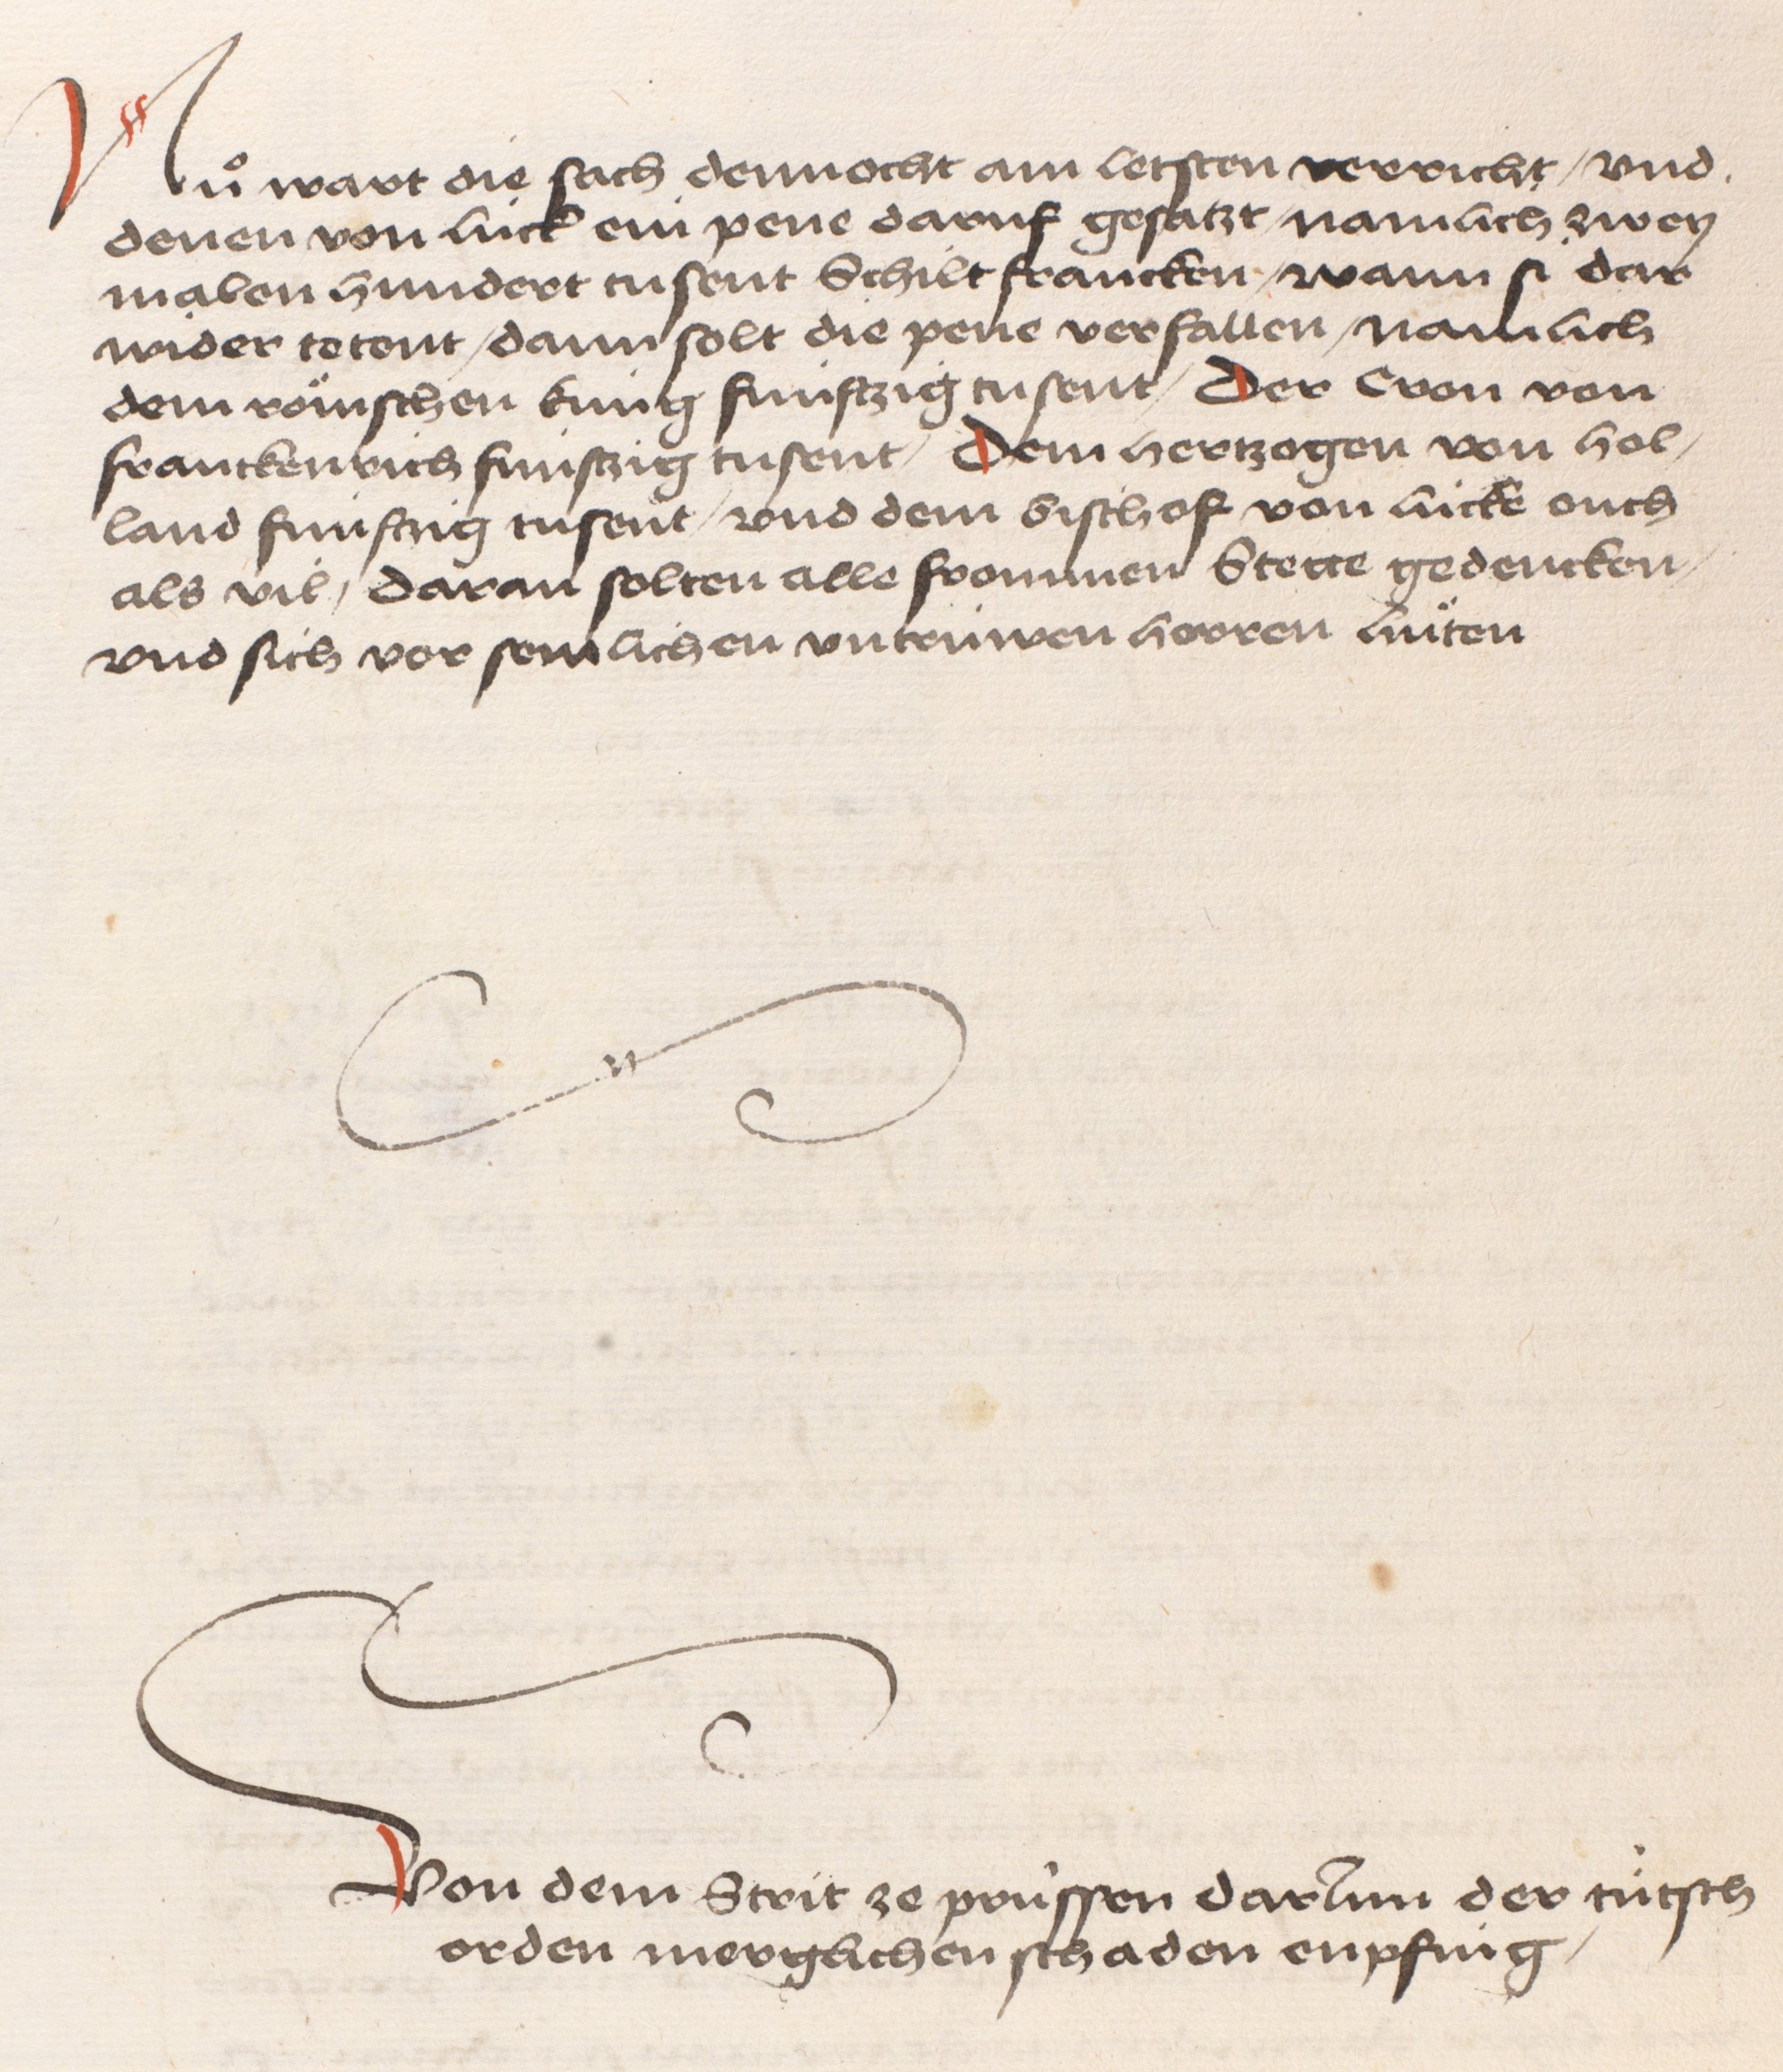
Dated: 1484–1485